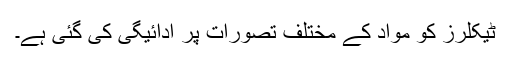
ٹیکلرز کو مواد کے مختلف تصورات پر ادائیگی کی گئی ہے۔